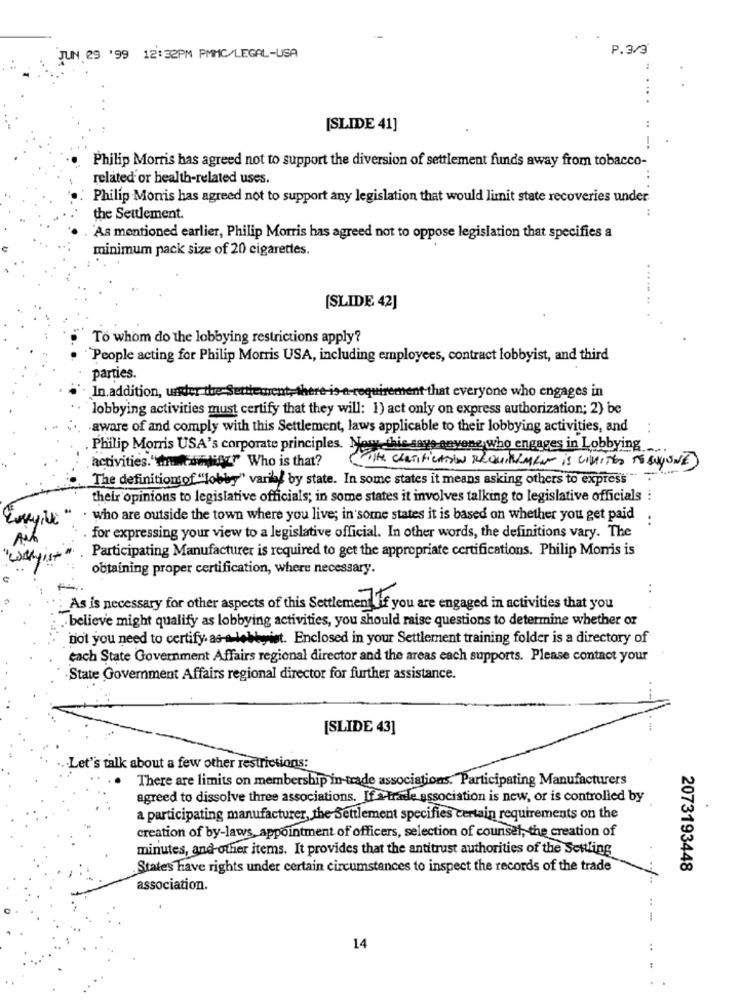
P.3/3
JUN 29 '99 12:32PM PMMC/LEGAL-USA
[SLIDE 41]
Philip Morris has agreed not to support the diversion of settlement funds away from tobacco-
related or health-related uses.
Philip Morris has agreed not to support any legislation that would limit state recoveries under
the Settlement.
'As mentioned earlier, Philip Morris has agreed not to oppose legislation that specifies a
minimum pack size of 20 cigarettes.
[SLIDE 42]
To whom do the lobbying restrictions apply?
People acting for Philip Morris USA, including employees, contract lobbyist, and third
parties.
In addition, under the Settlement, there-is-a-requirement that everyone who engages in
lobbying activities must certify that they will: 1) act only on express authorization; 2) be
aware of and comply with this Settlement, laws applicable to their lobbying activities, and
Philip Morris USA's corporate principles. Nowy thie says envene who engages in Lobbying
activities."the tour" Who is that?
THE CERTIFICATION REQUIREMENT is LIMITED TO ANYONE
The definitionsof "lobby" varil by state. In some states it means asking others to express"
their opinions to legislative officials; in some states it involves talking to legislative officials :
who are outside the town where you live; in some states it is based on whether you get paid
:
for expressing your view to a legislative official. In other words, the definitions vary. The
Participating Manufacturer is required to get the appropriate certifications. Philip Morris is
obtaining proper certification, where necessary.
..
As is necessary for other aspects of this Settlementif you are engaged in activities that you
. believe might qualify as lobbying activities, you should raise questions to determine whether or
not you need to certify as-a lobbyist. Enclosed in your Settlement training folder is a directory of
each State Government Affairs regional director and the areas each supports. Please contact your
·State Goverment Affairs regional director for further assistance.
[SLIDE 43]
Let's talk about a few other restrictions:
There are limits on membership in-trade associations. Participating Manufacturers
agreed to dissolve three associations. If a-trade association is new, or is controlled by
a participating manufacturer, the Settlement specifies certain requirements on the
creation of by-laws, appointment of officers, selection of counsel, the creation of
minutes, and other items. It provides that the antitrust authorities of the Settling
States have rights under certain circumstances to inspect the records of the trade
2073193448
association.
14